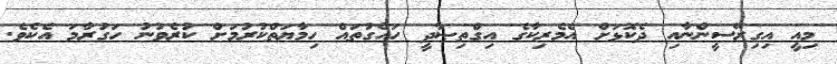
މިއީ އިގިރޭސީންނާއި ދެކޮޅަށް އެމެރިކާގެ އިގްތިޞާދީ ހައްގުތައް ހިމާޔަތްކުރުމަށް ކުރެވުނު ހަގުރާމަ އެކެވެ.